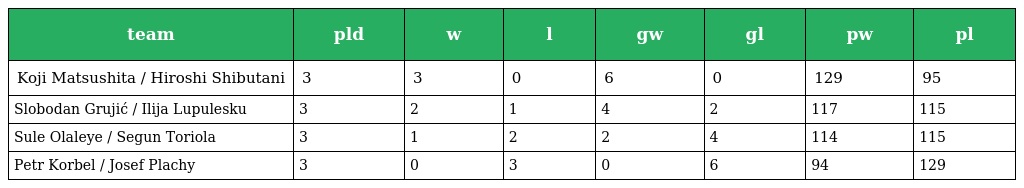
| team | pld | w | l | gw | gl | pw | pl |
 | --- | --- | --- | --- | --- | --- | --- | --- |
 | Koji Matsushita / Hiroshi Shibutani | 3 | 3 | 0 | 6 | 0 | 129 | 95 |
 | Slobodan Grujić / Ilija Lupulesku | 3 | 2 | 1 | 4 | 2 | 117 | 115 |
 | Sule Olaleye / Segun Toriola | 3 | 1 | 2 | 2 | 4 | 114 | 115 |
 | Petr Korbel / Josef Plachy | 3 | 0 | 3 | 0 | 6 | 94 | 129 |